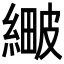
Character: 𦃯